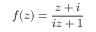
f ( z ) = { \frac { z + i } { i z + 1 } }